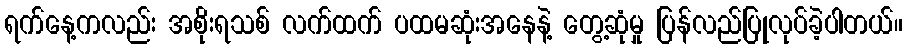
ရက်နေ့ကလည်း အစိုးရသစ် လက်ထက် ပထမဆုံးအနေနဲ့ တွေ့ဆုံမှု ပြန်လည်ပြုလုပ်ခဲ့ပါတယ်။